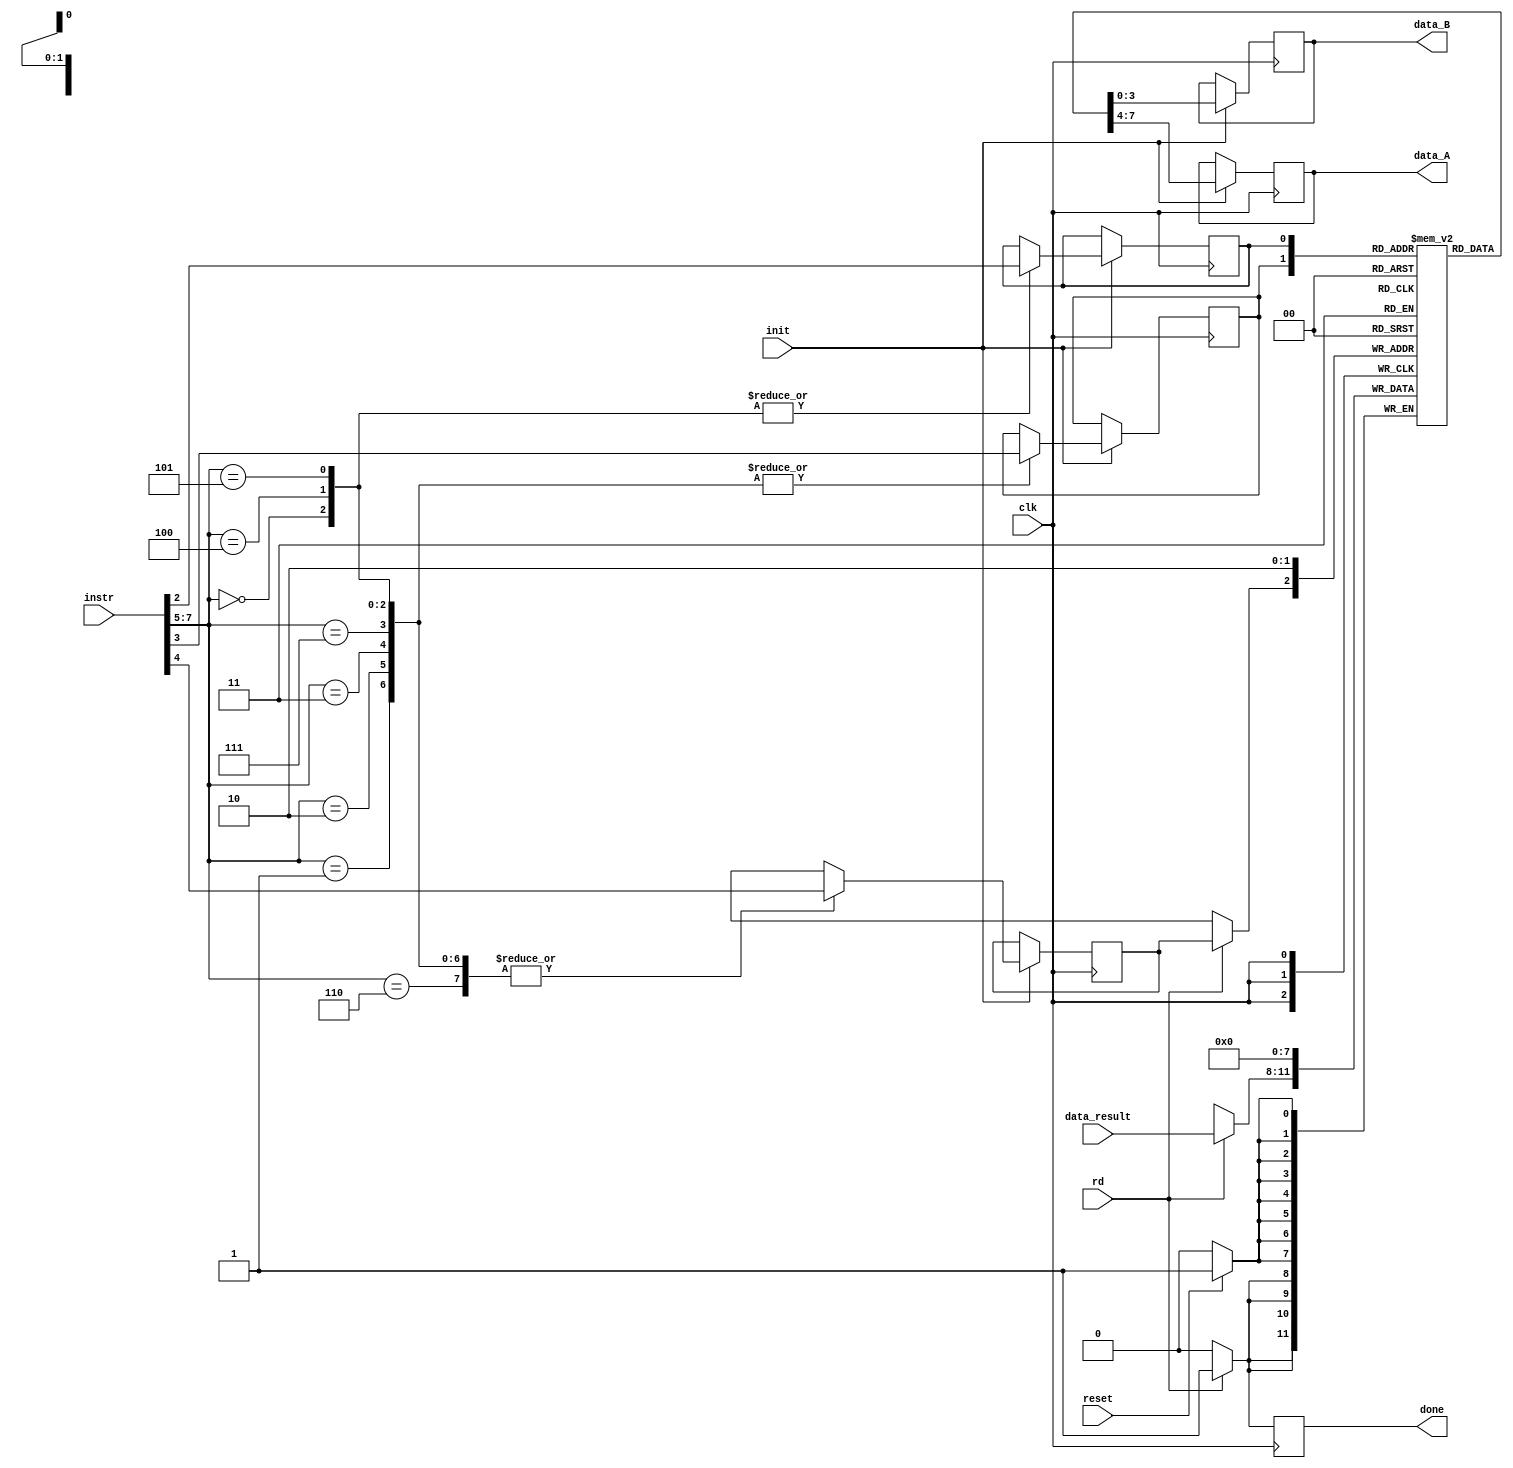
module Banco_reg #(parameter Tamdata = 4, Tamrow = 2)
(clk,reset, instr, data_result, data_A , data_B,rd , done, init);
    
input clk;
input reset;
input [7:0] instr;
input [3:0] data_result;
input rd;
input init;

output reg [3:0] data_A;
output reg [3:0] data_B;
output reg done ;

reg [Tamdata-1:0] memory [Tamrow-1:0] ;
    
reg posicion ;
reg pos_A;
reg pos_B;
    
initial begin
    memory [0] = 4'b0000;
    memory [1] = 4'b0000;
end

always @(posedge clk) begin
if (init == 1) begin
    case (instr[7:5])             // decodificacion de la instruccion y envia el dato
          3'h0 : begin            //dependiendo de la decodificacin, define unas posiciones
            posicion <= instr[4]; //que luego se enviarn a las respectivas salidas 
            pos_A <= instr[3];
            pos_B <= instr[2];  
        end
        3'h1 : begin
            posicion <= instr[4];
            pos_A <= instr[3];  
        end
        3'h2: begin
            posicion <= instr[4];
            pos_A <= instr[3]; 
        end
        3'h3 : begin
            posicion <= instr[4];
            pos_A <= instr[3];       
        end
        3'h4 : begin
            posicion <= instr[4];
            pos_A <= instr[3];   
            pos_B <= instr[2];     
        end
        3'h5 : begin
            posicion <= instr[4];
            pos_A <= instr[3];
            pos_B <= instr[2];  
        end
        3'h6 : begin
            posicion <= instr[4];            
        end
        3'h7 : begin
            posicion <= instr[4];
            pos_A <= instr[3];  
        end

    endcase  
    data_A <= memory[pos_A]; //se asigna a cada salida su respectiva posicin
    data_B <= memory[pos_B];
end
end

always @(posedge clk ) begin
done <= 1'b0;
     if (reset == 1) begin    //reset de los registros
     memory[0] <= 4'b0000;
     memory[1] <= 4'b0000;
end 
   if (rd == 1) begin                 //si se activa la lectura, el resultado se guardar en la
   memory[posicion] <= data_result;   //en la respectiva posicin 
   done <= 1'b1;

end // Escribe resultado    
end



endmodule // Banco_reginstr,